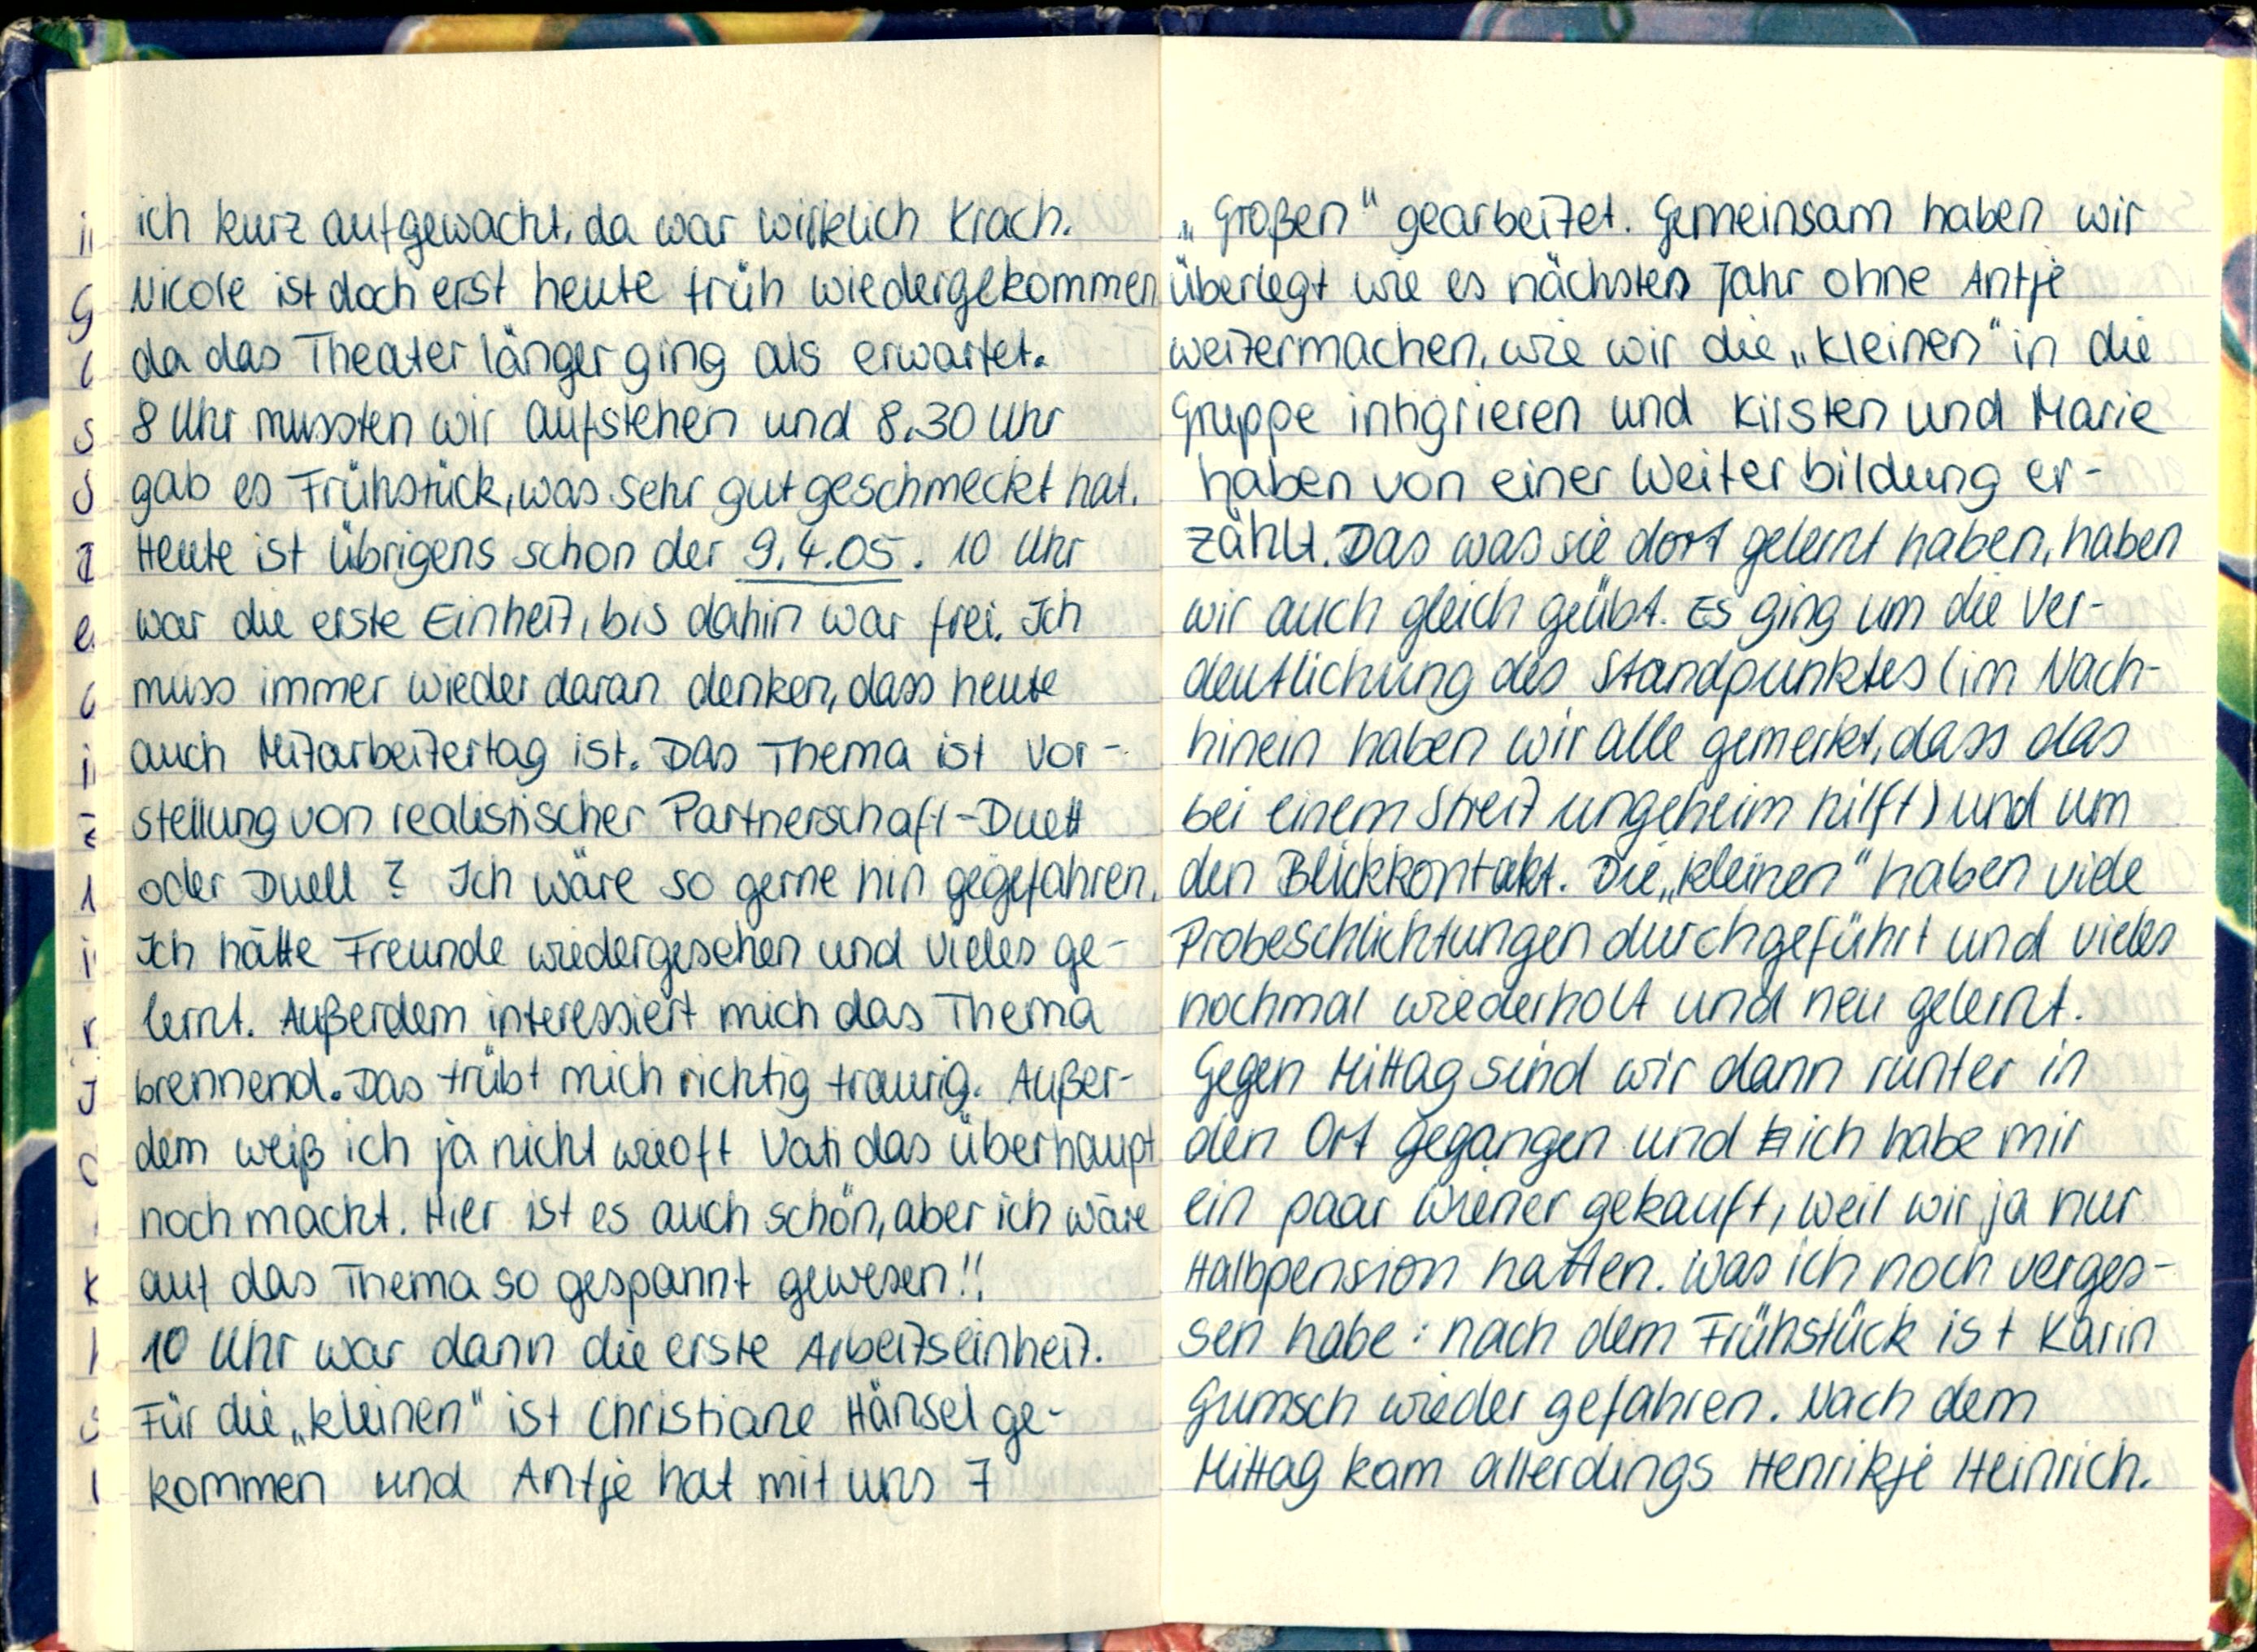
ich kurz aufgewacht, da war wirklich Krach.
Nicole ist doch erst heute früh wiedergekommen
da das Theater länger ging als erwartet.
8 Uhr mussten wir aufstehen und 8.30 Uhr
gab es Frühstück, was sehr gut geschmeckt hat.
Heute ist übrigens schon der 9.4.05. 10 Uhr
war die erste Einheit, bis dahin war frei. Ich
muss immer wieder daran denken, dass heute
auch Mitarbeitertag ist. Das Thema ist Vor-
stellung von realistischer Partnerschaft - Duett
oder Duell? Ich wäre so gerne hin gegefahren.
Ich hätte Freunde wiedergesehen und vieles ge-
lernt. Außerdem interessiert mich das Thema
brennend. Das trübt mich richtig traurig. Außer-
dem weiß ich ja nicht wieoft Vati das überhaupt
noch macht. Hier ist es auch schön, aber ich wäre
auf das Thema so gespannt gewesen!!
10 Uhr war dann die erste Arbeitseinheit.
Für die „kleinen" ist Christiane Hänsel ge-
kommen und Antje hat mit uns 7

„Großen" gearbeitet. Gemeinsam haben wir
überlegt wie es nächstes Jahr ohne Antje
weitermachen, wie wir die „Kleinen" in die
Gruppe intigrieren und Kirsten und Marie
haben von einer Weiterbildung er-
zählt. Das was sie dort gelernt haben, haben
wir auch gleich geübt. Es ging um die Ver-
deutlichung des Standpunktes (im Nach-
hinein haben wir alle gemerkt, dass das
bei einem Streit ungeheim hilft) und um
den Blickkontakt. Die„kleinen" haben viele
Probeschlichtungen durchgeführt und vieles
nochmal wiederholt und neu gelernt.
Gegen Mittag sind wir dann runter in
den Ort gegangen und ich habe mir
ein paar Wiener gekauft, weil wir ja nur
Halbpension hatten. Was ich noch verges-
sen habe: nach dem Frühstück ist Karin
Gumsch wieder gefahren. Nach dem
Mittag kam allerdings Henrikje Heinrich.